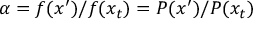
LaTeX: \alpha = f ( x ^ { \prime } ) / f ( x _ { t } ) = P ( x ^ { \prime } ) / P ( x _ { t } )